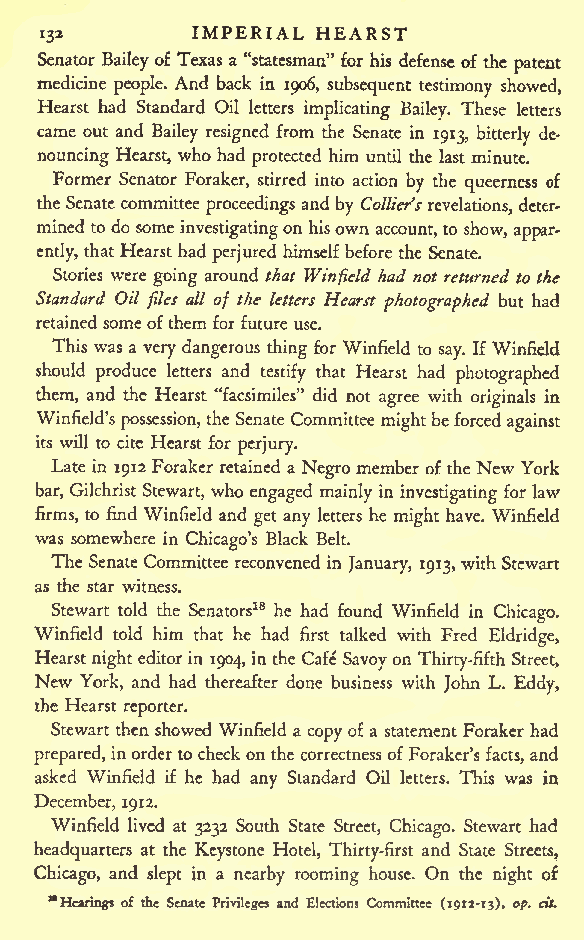
IMPERIAL HEARST
 132
 Senator Baileyof Texas a "statesman" for his defense of the patent
 medicine people. And back in 1906, subsequent testimony showed,
 Hearst had Standard Oil letters implicating Bailey. These letters
 came out and Bailey resigned from the Senate in 1913, bitterly de-
 nouncing Hearst, who had protected him until the last minute.
 Former Senator Foraker, stirred into action by the queerness of
 the Senatecommittee proceedings and by Collier'srevelations, deter-
 mined to do some investigatingonhisown account,to show, appar-
 ently, that Hearst had perjured himselfbefore the Senate.
 Stories were going around that Winfield had not returned to the
 Standard Oil files all of the letters Hearst photographed but had
 retained someofthem forfuture use.
 This was a very dangerous thing for Winfield to say. If Winfield
 should produce letters and testify that Hearst had photographed
 them, and the Hearst "facsimiles" did not agree with originals in
 Winfield's possession, the Senate Committee mightbeforced against
 its will to cite Hearst for perjury.
 Late in 1912 Foraker retained a Negro member ofthe New York
 bar, Gilchrist Stewart, who engaged mainly in investigating for law
 firms, to find Winfield and get any letters he might have. Winfield
 was somewhere in Chicago's Black Belt.
 The Senate Committee reconvened in January, 1913,with Stewart
 as the star witness.
 Stewart told the Senators18 he had found Winfield in Chicago.
 Winfield told him that he had first talked with Fred Eldridge,
 Hearstnight editorin 1904, inthe Cafe Savoyon Thirty-fifth Street,
 New York, and had thereafter done business with John L. Eddy,
 the Hearst
 reporter.
 Stewart thenshowed Winfield a copyof a statement Foraker had
 prepared, inorderto checkonthe correctnessofForaker's facts, and
 asked Winfield if he had any Standard Oil letters. This was in
 December, 1912.
 Winfield lived at 3232 South State Street, Chicago. Stewart had
 headquarters at the Keystone Hotel, Thirty-first and State Streets,
 Chicago, and slept in a nearby rooming house. On the night of
 "Hearings of the Senate Privileges and Elections Committee (1912-13), op. cit.